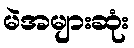
မဲအများဆုံး